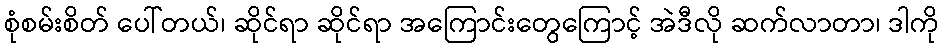
စုံစမ်းစိတ် ပေါ်တယ်၊ ဆိုင်ရာ ဆိုင်ရာ အကြောင်းတွေကြောင့် အဲဒီလို ဆက်လာတာ၊ ဒါကို